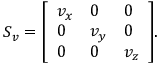
S _ { v } = { \left[ \begin{array} { l l l } { v _ { x } } & { 0 } & { 0 } \\ { 0 } & { v _ { y } } & { 0 } \\ { 0 } & { 0 } & { v _ { z } } \end{array} \right] } .